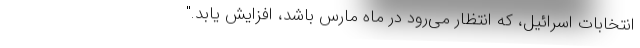
انتخابات اسرائیل، که انتظار می‌رود در ماه مارس باشد، افزایش یابد."